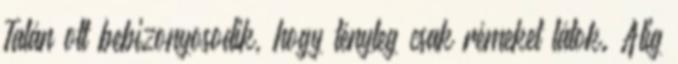
Talán ott bebizonyosodik, hogy tényleg csak rémeket látok. Alig